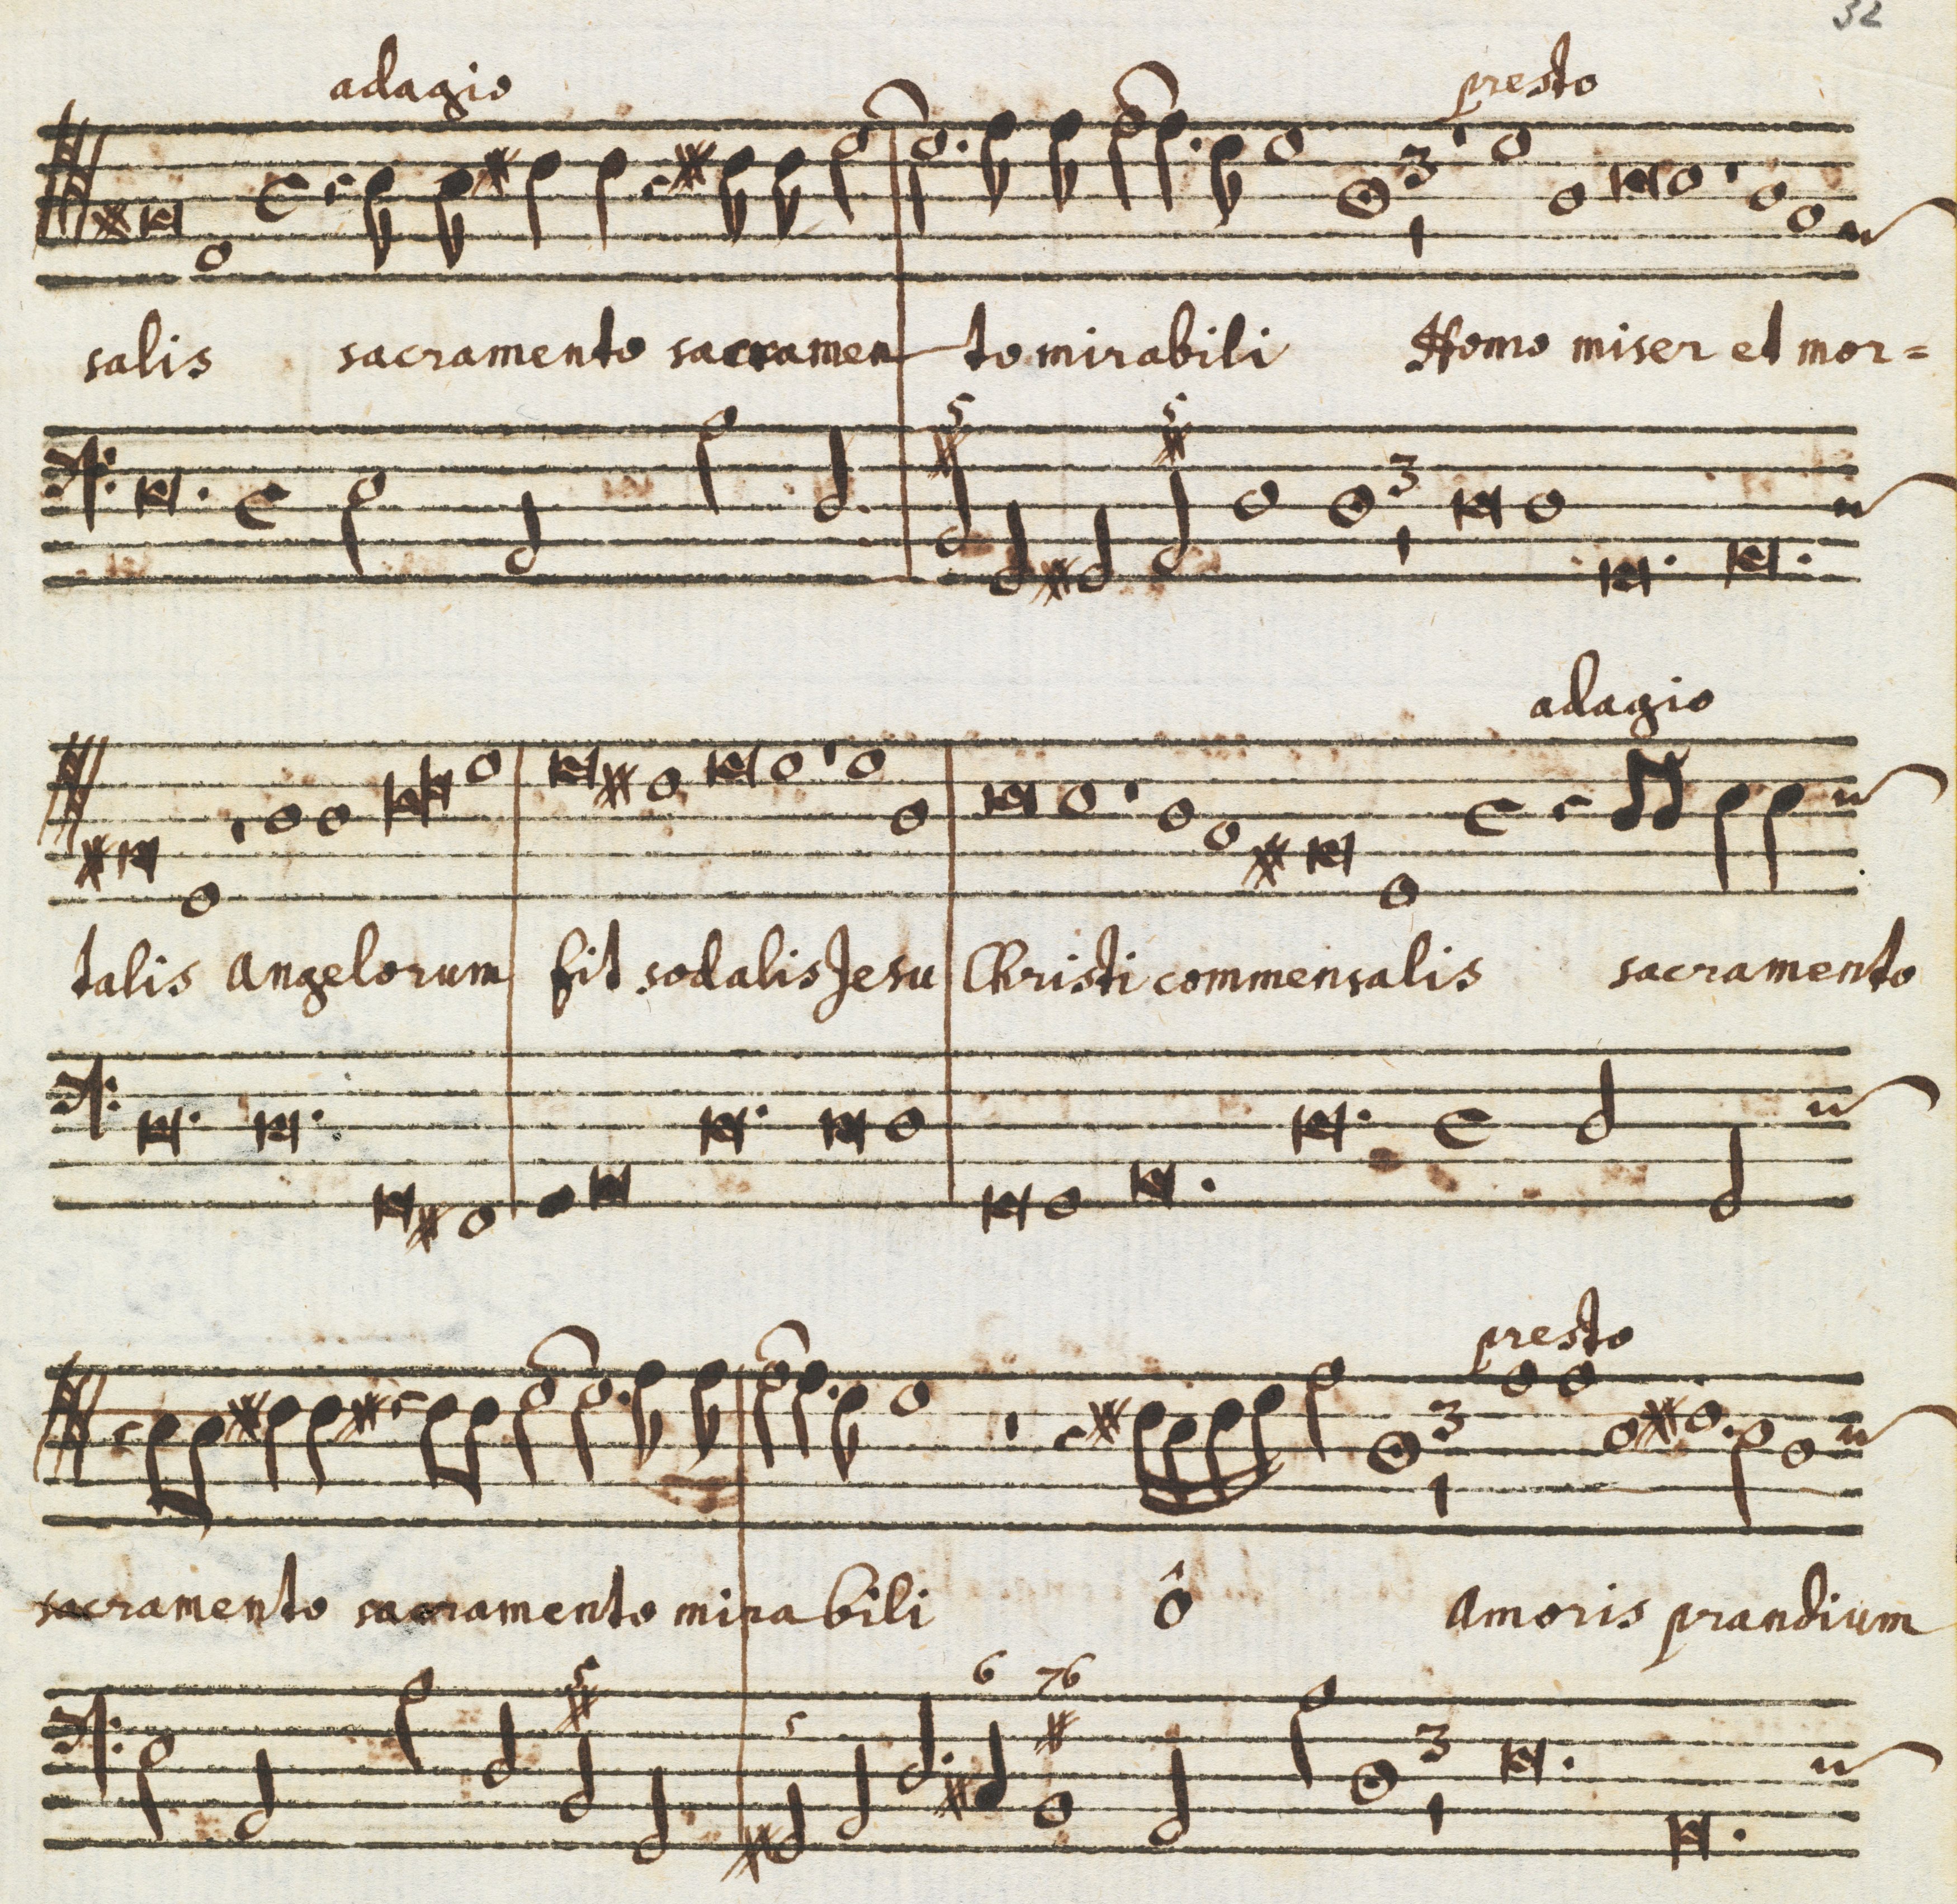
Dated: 1650–1699